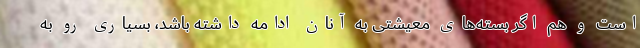
است و هم اگر بسته‌های معیشتی به آنان ادامه داشته باشد، بسیاری رو به